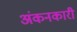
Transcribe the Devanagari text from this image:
अंकनकारी